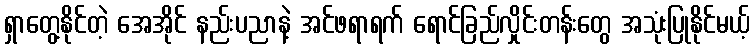
ရှာတွေ့နိုင်တဲ့ အေအိုင် နည်းပညာနဲ့ အင်ဖရာရက် ရောင်ခြည်လှိုင်းတန်းတွေ အသုံးပြုနိုင်မယ့်